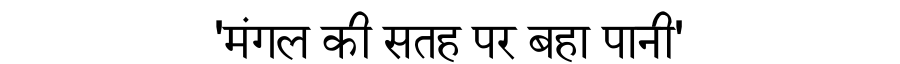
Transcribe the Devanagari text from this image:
'मंगल की सतह पर बहा पानी'